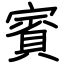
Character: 賓